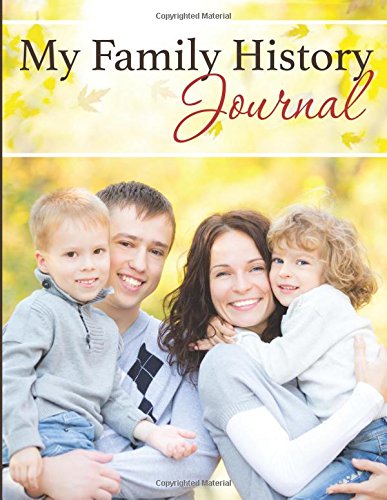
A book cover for My Family History Journal; Speedy Publishing LLC; Parenting & Relationships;